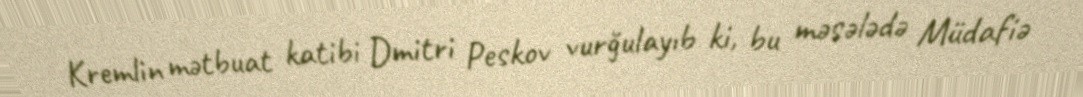
Kremlin mətbuat katibi Dmitri Peskov vurğulayıb ki, bu məsələdə Müdafiə